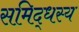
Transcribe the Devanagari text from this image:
समिद्धस्य